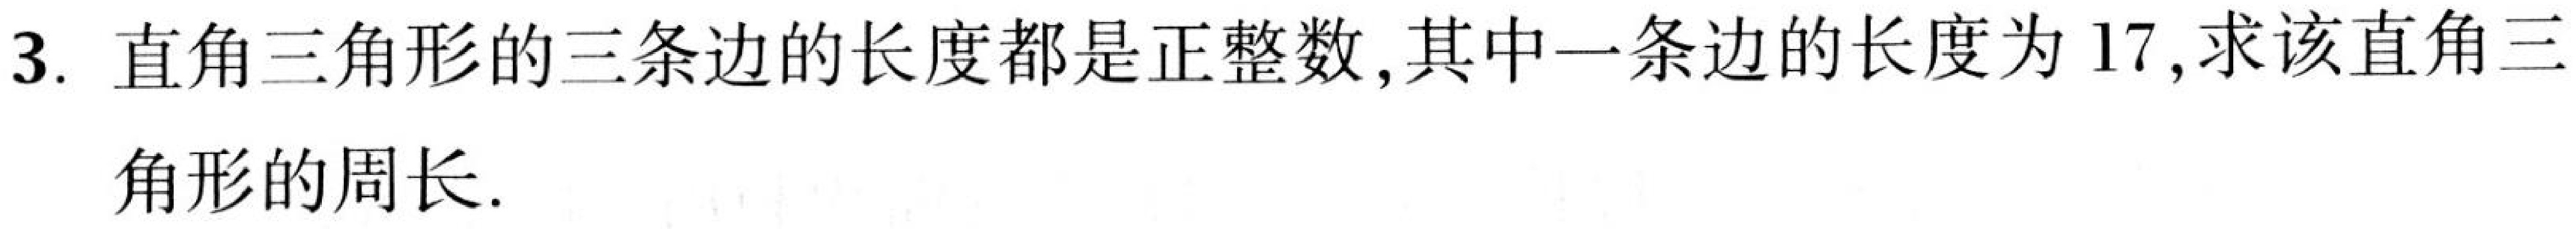
3. 直角三角形的三条边的长度都是正整数，其中一条边的长度为\(17\)，求该直角三
角形的周长.